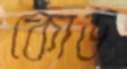
কোড